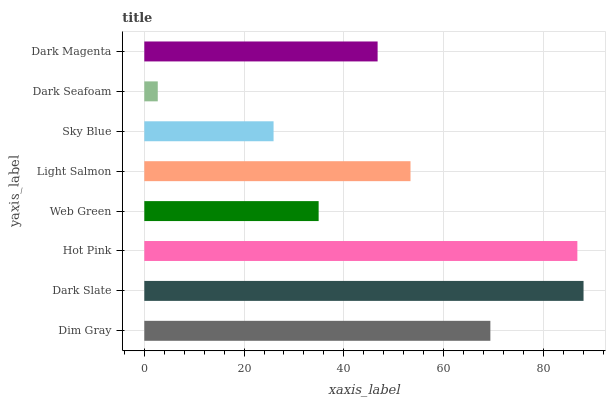
| yaxis_label | bars |
 | --- | --- |
 | Dim Gray | 69.4 |
 | Dark Slate | 88.1 |
 | Hot Pink | 86.8 |
 | Web Green | 35 |
 | Light Salmon | 53.4 |
 | Sky Blue | 25.9 |
 | Dark Seafoam | 2.7 |
 | Dark Magenta | 46.8 |